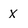
Character: x